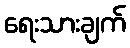
ရေးသားချက်